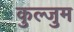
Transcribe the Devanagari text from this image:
कुल्जुम